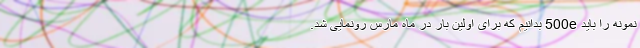
نمونه را باید 500e بدانیم که برای اولین بار در ماه مارس رونمایی شد.